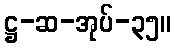
ဋ္ဌ-ဆ-အုပ်-၃၅။